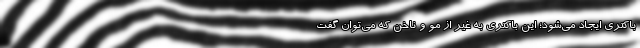
باکتری ایجاد می‌شود؛ این باکتری به غیر از مو و ناخن که می‌توان گفت